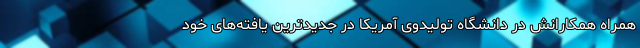
همراه همکارانش در دانشگاه تولیدوی آمریکا در جدیدترین یافته‌های خود